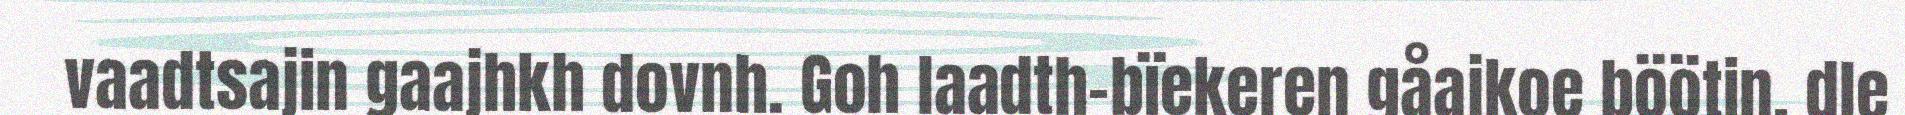
vaadtsajin gaajhkh dovnh. Goh laadth-bïekeren gåajkoe böötin, dle